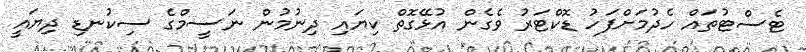
ޓެސްޓުތައް ހެދުމަށްފަހު ޑޮކްޓަރު ވެގެން އުޅޭގޮތް ކިޔައި ދިނުމުން ނަސީމްގެ ސިކުނޑި ދިޔައީ